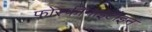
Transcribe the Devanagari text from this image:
फोस्फीनाइटोइन